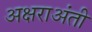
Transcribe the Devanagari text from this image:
अक्षराअंती